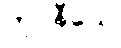
ကုပနီယေ